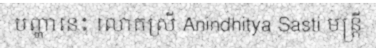
បញ្ហានេះ លោកស្រី Anindhitya Sasti មន្ត្រី